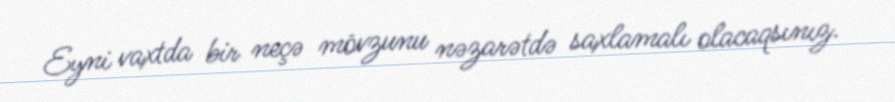
Eyni vaxtda bir neçə mövzunu nəzarətdə saxlamalı olacaqsınız.